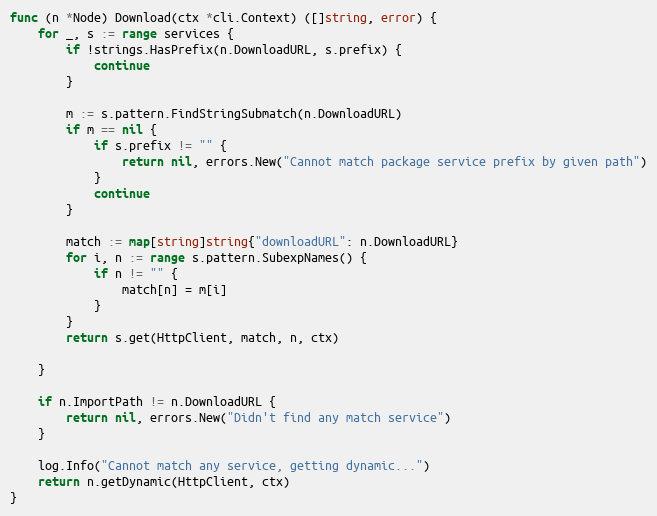
Language: Go
func (n *Node) Download(ctx *cli.Context) ([]string, error) {
	for _, s := range services {
		if !strings.HasPrefix(n.DownloadURL, s.prefix) {
			continue
		}

		m := s.pattern.FindStringSubmatch(n.DownloadURL)
		if m == nil {
			if s.prefix != "" {
				return nil, errors.New("Cannot match package service prefix by given path")
			}
			continue
		}

		match := map[string]string{"downloadURL": n.DownloadURL}
		for i, n := range s.pattern.SubexpNames() {
			if n != "" {
				match[n] = m[i]
			}
		}
		return s.get(HttpClient, match, n, ctx)

	}

	if n.ImportPath != n.DownloadURL {
		return nil, errors.New("Didn't find any match service")
	}

	log.Info("Cannot match any service, getting dynamic...")
	return n.getDynamic(HttpClient, ctx)
}